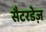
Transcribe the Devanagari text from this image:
सैटरडेज़